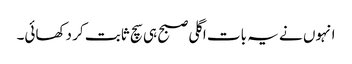
انہوں نے یہ بات اگلی صبح ہی سچ ثابت کر دکھائی۔